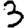
Digit: 3